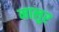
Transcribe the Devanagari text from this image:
मालुर